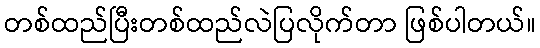
တစ်ထည်ပြီးတစ်ထည်လဲပြလိုက်တာ ဖြစ်ပါတယ်။